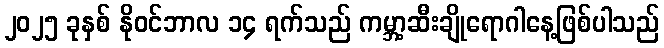
၂၀၂၅ ခုနှစ် နိုဝင်ဘာလ ၁၄ ရက်သည် ကမ္ဘာ့ဆီးချိုရောဂါနေ့ဖြစ်ပါသည်